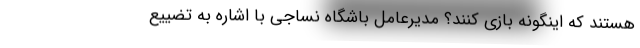
هستند که اینگونه بازی کنند؟ مدیرعامل باشگاه نساجی با اشاره به تضییع